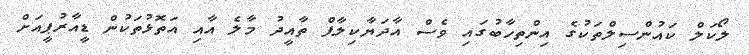
ލޯކަލް ކައުންސިލްތަކުގެ އިންތިހާބުގައި ވެސް އާދަޔާކިލާފް ތާއީދު މާލެ އާއި އަތޮޅުތަކުން ޑީއާރުޕީއަށް